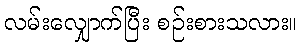
လမ်းလျှောက်ပြီး စဉ်းစားသလား။